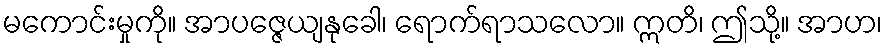
မကောင်းမှုကို။ အာပဇ္ဇေယျနုခေါ၊ ရောက်ရာသလော။ ဣတိ၊ ဤသို့။ အာဟ၊